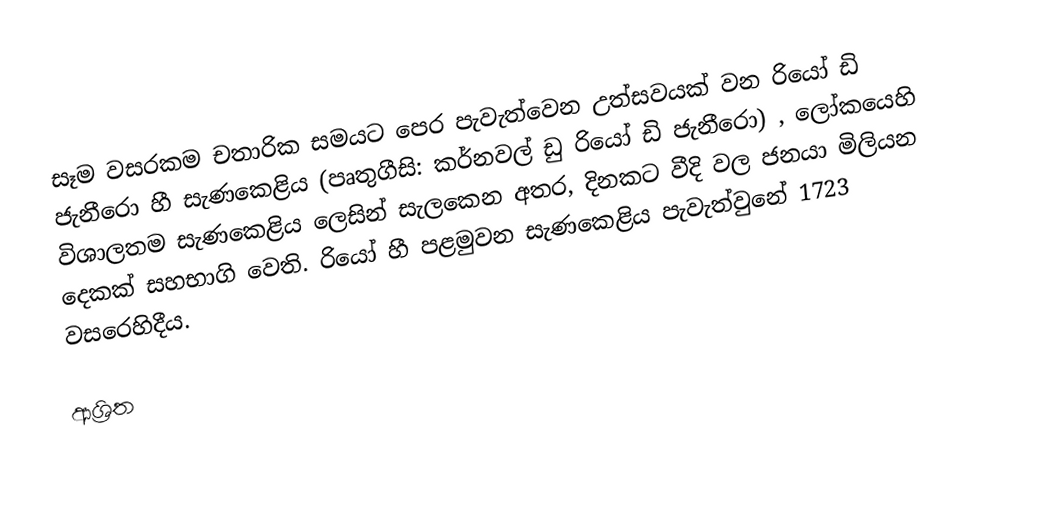
සෑම වසරකම චතාරික සමයට  පෙර  පැවැත්වෙන උත්සවයක් වන රියෝ ඩි ජැනීරො හී සැණකෙළිය (පෘතුගීසි: කර්නවල් ඩු රියෝ ඩි ජැනීරො) , ලෝකයෙහි විශාලතම  සැණකෙළිය ලෙසින් සැලකෙන අතර, දිනකට වීදි වල ජනයා මිලියන දෙකක් සහභාගි වෙති. රියෝ හී පළමුවන සැණකෙළිය පැවැත්වුනේ 1723 වසරෙහිදීය.

ආශ්‍රිත